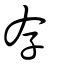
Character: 存